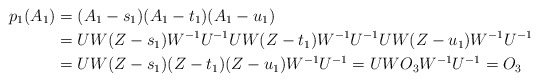
\begin{align*}p_1(A_1) &= (A_1-s_1)(A_1-t_1)(A_1-u_1)\\&= UW(Z - s_1)W^{-1}U^{-1}UW(Z - t_1)W^{-1}U^{-1}UW(Z - u_1)W^{-1}U^{-1}\\&= UW(Z - s_1)(Z - t_1)(Z - u_1)W^{-1}U^{-1} = UWO_3W^{-1}U^{-1} = O_3\end{align*}